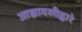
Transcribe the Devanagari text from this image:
आज्ञावलीद्वारे